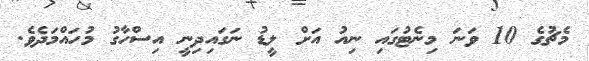
މެޗުގެ 10 ވަނަ މިނެޓުގައި ނިއު އަށް ލީޑު ނަގައިދިނީ އިސްހާގު މުހައްމަދެވެ.